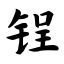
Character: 锃